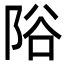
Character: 䧍